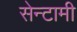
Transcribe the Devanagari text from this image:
सेन्टामी